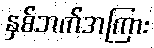
နှစ်ဘက်အကြား